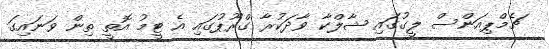
ޗެމްޕިއަންސް ލީގުގައި ޝާލްކާ ވާދަކުރާ ގްރޫޕުގައި އެ ޓީމު އޮތީ ތިން ވަނައިގަ